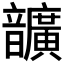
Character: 𩑈